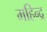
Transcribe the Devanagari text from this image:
महिन्द्र